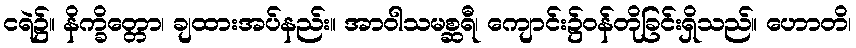
ငရဲ၌။ နိက္ခိတ္တော၊ ချထားအပ်နည်း။ အာဝါသမစ္ဆရီ၊ ကျောင်း၌ဝန်တိုခြင်းရှိသည်။ ဟောတိ၊